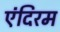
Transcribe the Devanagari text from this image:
एंदिरम